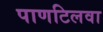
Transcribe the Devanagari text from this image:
पाणटिलवा